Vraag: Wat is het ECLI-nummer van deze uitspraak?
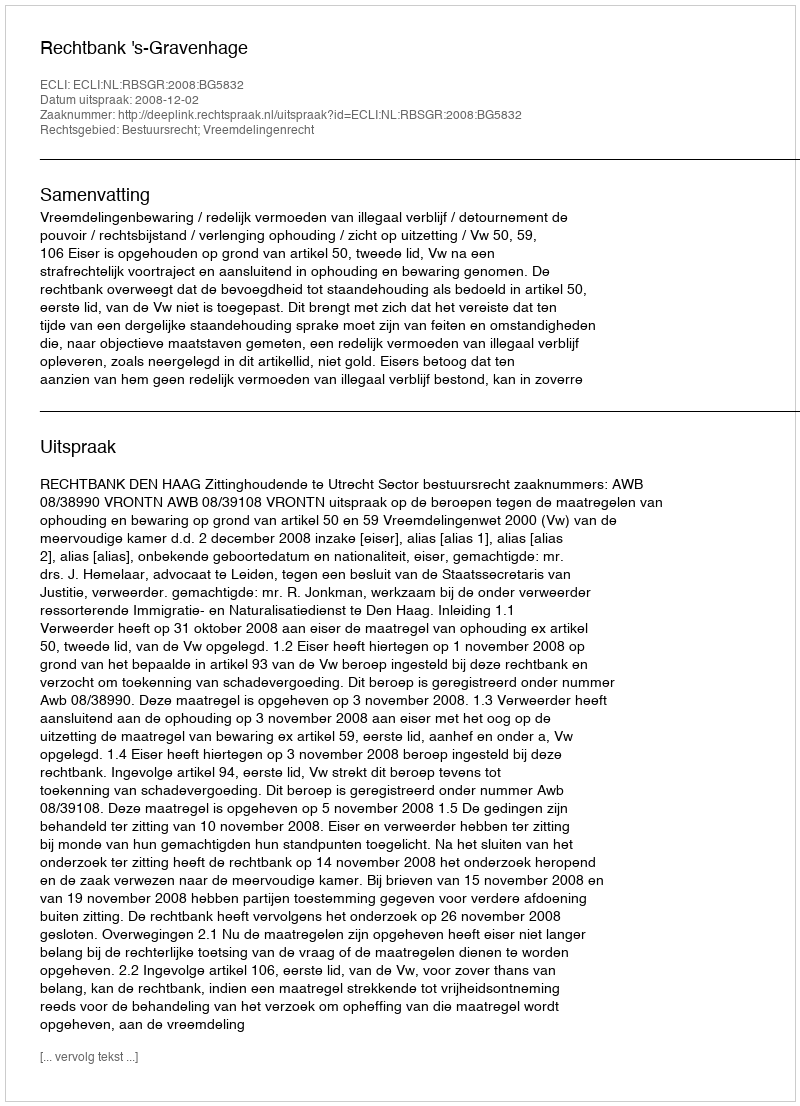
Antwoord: ECLI:NL:RBSGR:2008:BG5832